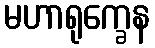
မဟာရုက္ခေန